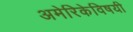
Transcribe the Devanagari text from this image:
अमेरिकेविषयी